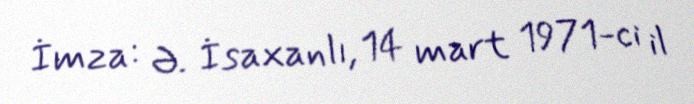
İmza: Ə. İsaxanlı, 14 mart 1971-ci il